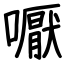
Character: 嚈